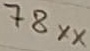
Text: 78XX